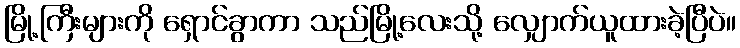
မြို့ကြီးများကို ရှောင်ခွာကာ သည်မြို့လေးသို့ လျှောက်ယူထားခဲ့ပြီပဲ။